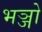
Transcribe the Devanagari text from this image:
भञ्जो